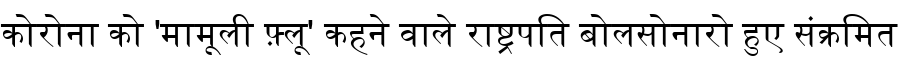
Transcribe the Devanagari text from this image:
कोरोना को 'मामूली फ़्लू' कहने वाले राष्ट्रपति बोलसोनारो हुए संक्रमित